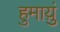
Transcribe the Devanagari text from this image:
हुमाय़ुं